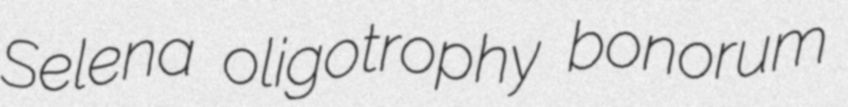
Selena oligotrophy bonorum